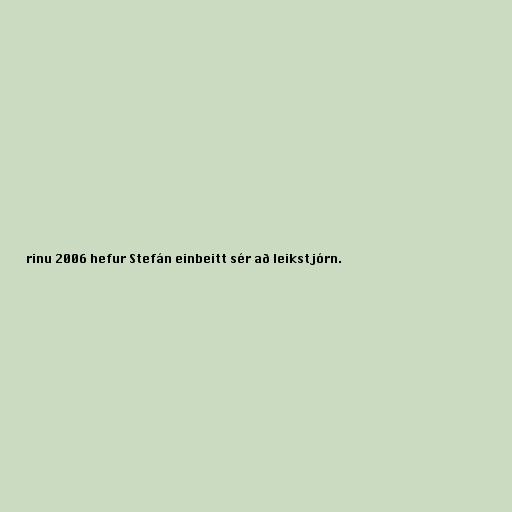
rinu 2006 hefur Stefán einbeitt sér að leikstjórn.